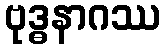
ဗုဒ္ဓနာဂဿ